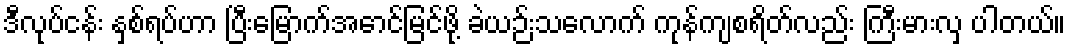
ဒီလုပ်ငန်း နှစ်ရပ်ဟာ ပြီးမြောက်အောင်မြင်ဖို့ ခဲယဉ်းသလောက် ကုန်ကျစရိတ်လည်း ကြီးမားလှ ပါတယ်။